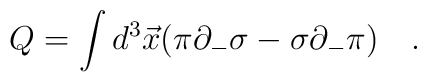
Q=\int d^3 \vec{x}( \pi\partial_{-}\sigma-\sigma\partial_{-}\pi) \quad.